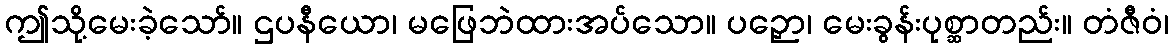
ဤသို့မေးခဲ့သော်။ ဌပနီယော၊ မဖြေဘဲထားအပ်သော။ ပဉှော၊ မေးခွန်းပုစ္ဆာတည်း။ တံဇီဝံ၊